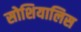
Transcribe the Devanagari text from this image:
सोशियालिस